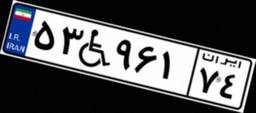
۵۳W۹۶۱۷۴